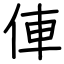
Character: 俥